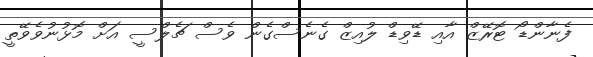
ފެނާންޑޯ ޓޮރޭޒް އާއި ޑޭވިޑް ލުއިޒް ގެނެސްގެން ވެސް ޗެލްސީ އަށް މޮޅުނުވެވޭތީ